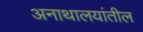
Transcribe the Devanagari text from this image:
अनाथालयांतील